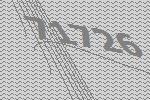
71726